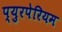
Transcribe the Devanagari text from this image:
प्युरपेरियम